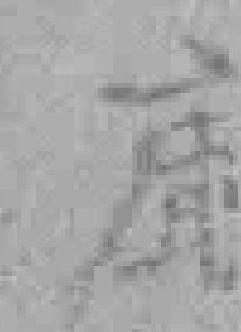
廳